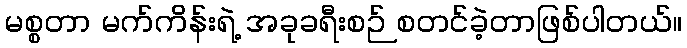
မစ္စတာ မက်ကိန်းရဲ့ အခုခရီးစဉ် စတင်ခဲ့တာဖြစ်ပါတယ်။